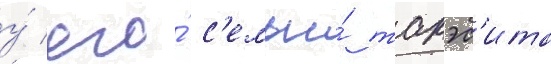
у́ его́ с'емьи́ такэс'ита